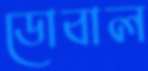
ডোবাল